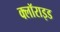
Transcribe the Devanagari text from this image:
क्लॉराइड